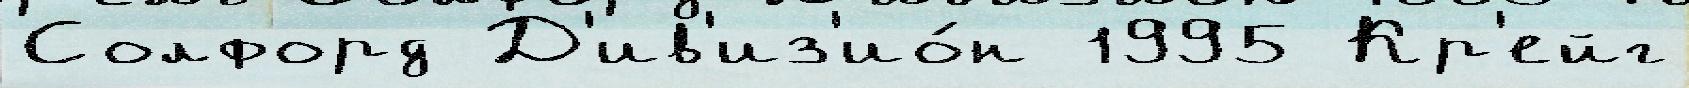
Солфорд Д'ив'из'ио́н 1995 Кр'ейг